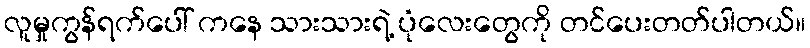
လူမှုကွန်ရက်ပေါ် ကနေ သားသားရဲ့ ပုံလေးတွေကို တင်ပေးတတ်ပါတယ်။